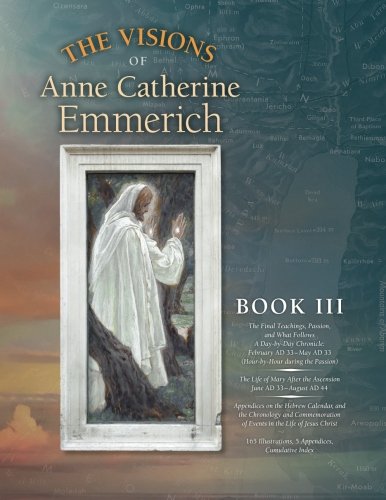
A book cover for The Visions of Anne Catherine Emmerich (Deluxe Edition), Book III: The Final Teachings, Passion, & What Follows With a Day-by-Day Chronicle February ... June AD 33 to August AD 44 (Volume 3); Anne Catherine Emmerich; Christian Books & Bibles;